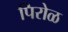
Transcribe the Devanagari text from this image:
पिरोळ